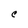
Character: C